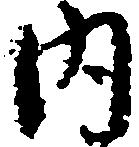
内